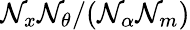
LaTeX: \mathcal{N}_{x}\mathcal{N}_{\theta}/(\mathcal{N}_{\alpha}\mathcal{N}_{m})